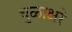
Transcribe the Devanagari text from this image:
धुळाक्षरे